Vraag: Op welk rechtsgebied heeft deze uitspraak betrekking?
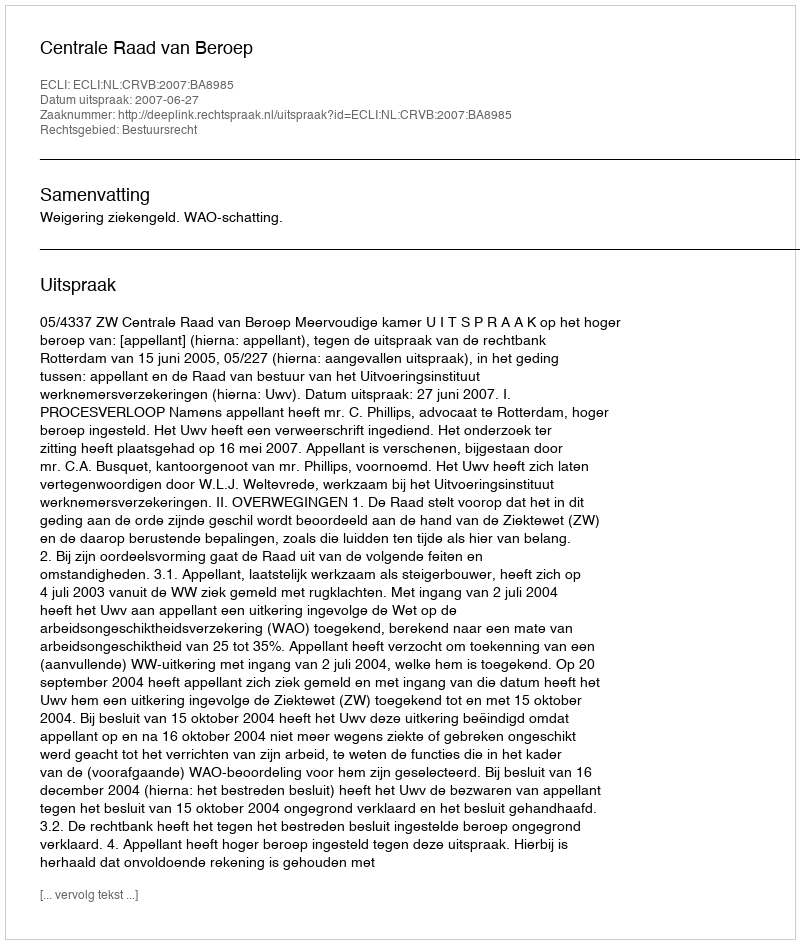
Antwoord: Bestuursrecht